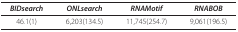
<table><thead><tr><td><b><i>BIDsearch</i></b></td><td><b><i>ONLsearch</i></b></td><td><b><i>RNAMotif</i></b></td><td><b><i>RNABOB</i></b></td></tr></thead><tbody><tr><td>46.1(1)</td><td>6,203(134.5)</td><td>11,745(254.7)</td><td>9,061(196.5)</td></tr></tbody></table>